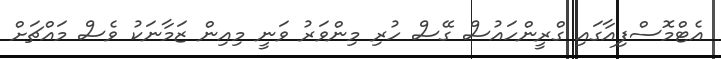
އެޓްމޮސްފިއާގައި ގްރީންހައުސް ގޭސް ހުރި މިންވަރު ވަނީ މިއިން ޒަމާނަކު ވެސް މައްޗަށް